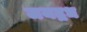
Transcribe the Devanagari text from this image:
जयद्रध